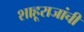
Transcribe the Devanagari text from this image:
शाहूराजांची